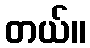
တယ်။